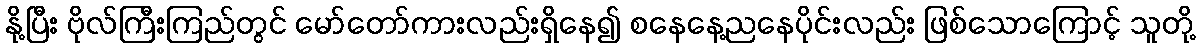
နို့ပြီး ဗိုလ်ကြီးကြည်တွင် မော်တော်ကားလည်းရှိနေ၍ စနေနေ့ညနေပိုင်းလည်း ဖြစ်သောကြောင့် သူတို့